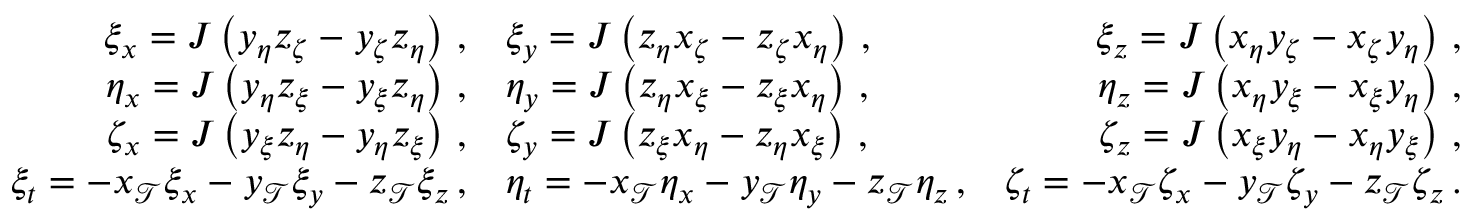
\begin{array} { r l r } { \xi _ { x } = J \left( y _ { \eta } z _ { \zeta } - y _ { \zeta } z _ { \eta } \right) \, \mathrm { , } } & { \xi _ { y } = J \left( z _ { \eta } x _ { \zeta } - z _ { \zeta } x _ { \eta } \right) \, \mathrm { , } } & { \xi _ { z } = J \left( x _ { \eta } y _ { \zeta } - x _ { \zeta } y _ { \eta } \right) \, \mathrm { , } } \\ { \eta _ { x } = J \left( y _ { \eta } z _ { \xi } - y _ { \xi } z _ { \eta } \right) \, \mathrm { , } } & { \eta _ { y } = J \left( z _ { \eta } x _ { \xi } - z _ { \xi } x _ { \eta } \right) \, \mathrm { , } } & { \eta _ { z } = J \left( x _ { \eta } y _ { \xi } - x _ { \xi } y _ { \eta } \right) \, \mathrm { , } } \\ { \zeta _ { x } = J \left( y _ { \xi } z _ { \eta } - y _ { \eta } z _ { \xi } \right) \, \mathrm { , } } & { \zeta _ { y } = J \left( z _ { \xi } x _ { \eta } - z _ { \eta } x _ { \xi } \right) \, \mathrm { , } } & { \zeta _ { z } = J \left( x _ { \xi } y _ { \eta } - x _ { \eta } y _ { \xi } \right) \, \mathrm { , } } \\ { \xi _ { t } = - x _ { \mathcal { T } } \xi _ { x } - y _ { \mathcal { T } } \xi _ { y } - z _ { \mathcal { T } } \xi _ { z } \, \mathrm { , } } & { \eta _ { t } = - x _ { \mathcal { T } } \eta _ { x } - y _ { \mathcal { T } } \eta _ { y } - z _ { \mathcal { T } } \eta _ { z } \, \mathrm { , } } & { \zeta _ { t } = - x _ { \mathcal { T } } \zeta _ { x } - y _ { \mathcal { T } } \zeta _ { y } - z _ { \mathcal { T } } \zeta _ { z } \, \mathrm { . } } \end{array}